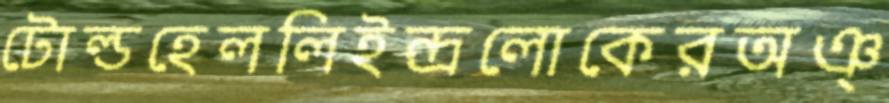
টোল্ডহেললিইন্দ্রলোকেরঅঞ্